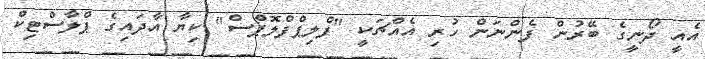
އެއީ ދޯނީގެ ބޭރުން ފެންނަން ހުރި އެއްޗަކީ "ފްލިޕްފްލޮޕްސް" ކިޔާ އާދައިގެ ޕްލާސްޓިކް